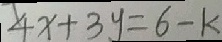
4 x + 3 y = 6 - k